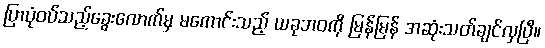
ပြာပုံဝပ်သည့်ခွေးလောက်မှ မကောင်းသည့် ယခုဘဝကို မြန်မြန် အဆုံးသတ်ချင်လှပြီ။